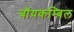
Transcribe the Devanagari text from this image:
बॉयकम्बिल